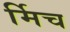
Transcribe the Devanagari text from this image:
र्मिच